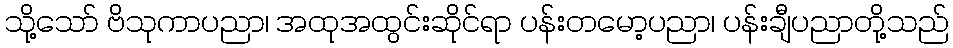
သို့သော် ဗိသုကာပညာ၊ အထုအထွင်းဆိုင်ရာ ပန်းတမော့ပညာ၊ ပန်းချီပညာတို့သည်